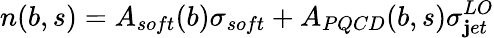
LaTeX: n(b,s)=A_{soft}(b)\sigma_{soft}+A_{PQCD}(b,s)\sigma_{\mathbf{j}et}^{LO}